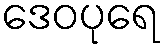
ဒေဝပုရေ